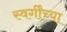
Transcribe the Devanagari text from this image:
स्वर्गींच्या